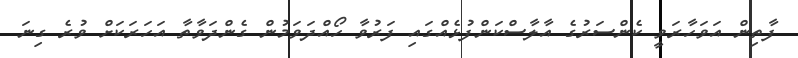
ފާތިން އަވަހާރަވީ ކެންސަރުގެ އާލާސްކަންފުޅެއްގައި ފަރުވާ ހޯއްދަވަމުން ގެންދަވާތާ އަހަރަކަށް ވުރެ ގިނަ